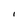
Character: I